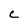
Character: C